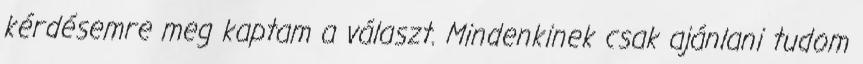
kérdésemre meg kaptam a választ. Mindenkinek csak ajánlani tudom